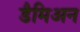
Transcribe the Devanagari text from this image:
डैमिअन